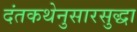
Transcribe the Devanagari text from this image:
दंतकथेनुसारसुद्धा